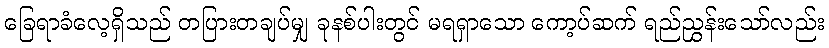
ခြေရာခံလေ့ရှိသည် တပြားတချပ်မျှ ခုနစ်ပါးတွင် မရရှာသော ကော့ပ်ဆက် ရည်ညွှန်းသော်လည်း